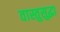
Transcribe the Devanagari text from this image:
वास्तुसुद्धा